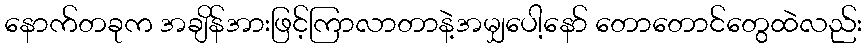
နောက်တခုက အချိန်အားဖြင့်ကြာလာတာနဲ့အမျှပေါ့နော် တောတောင်တွေထဲလည်း